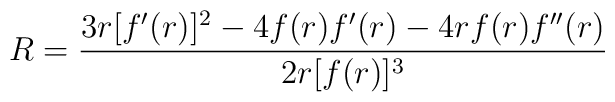
R = {3 r [f'(r)]^2 - 4 f(r) f'(r) - 4 r f(r) f''(r)\over2 r [f(r)]^3}